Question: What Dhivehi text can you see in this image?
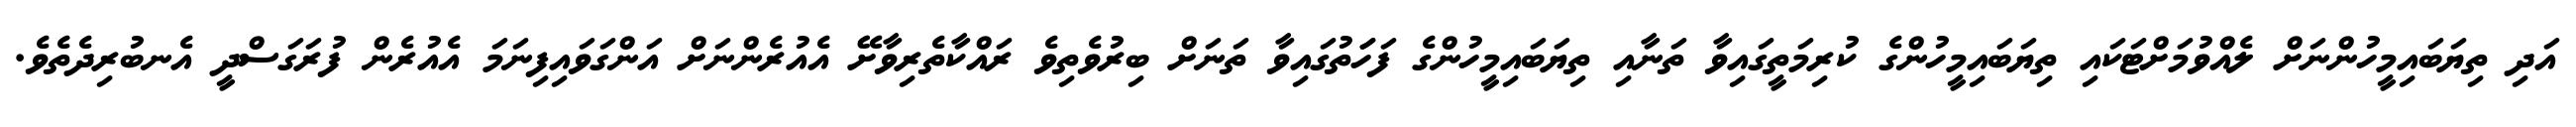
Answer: އަދި ތިޔަބައިމީހުންނަށް ލެއްވުމަށްޓަކައި ތިޔަބައިމީހުންގެ ކުރިމަތީގައިވާ ތަނާއި ތިޔަބައިމީހުންގެ ފަހަަތުގައިވާ ތަނަށް ބިރުވެތިވެ ރައްކާތެރިވާށޭ އެއުރެންނަށް އަންގަވައިފިނަމަ އެއުރެން ފުރަގަސްދީ އެނބުރިދެތެވެ.